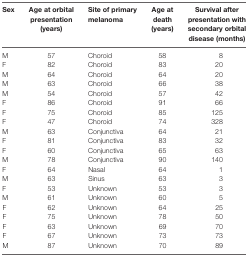
| Sex | Age at orbital presentation (years) | Site of primary melanoma | Age at death (years) | Survival after presentation with secondary orbital disease (months) |
 | --- | --- | --- | --- | --- |
 | M | 57 | Choroid | 58 | 8 |
 | F | 82 | Choroid | 83 | 20 |
 | M | 64 | Choroid | 64 | 20 |
 | M | 63 | Choroid | 66 | 38 |
 | M | 54 | Choroid | 57 | 42 |
 | F | 86 | Choroid | 91 | 66 |
 | F | 75 | Choroid | 85 | 125 |
 | F | 47 | Choroid | 74 | 328 |
 | M | 63 | Conjunctiva | 64 | 21 |
 | F | 81 | Conjunctiva | 83 | 32 |
 | F | 60 | Conjunctiva | 65 | 63 |
 | M | 78 | Conjunctiva | 90 | 140 |
 | F | 64 | Nasal | 64 | 1 |
 | M | 63 | Sinus | 63 | 3 |
 | F | 53 | Unknown | 53 | 3 |
 | M | 61 | Unknown | 60 | 5 |
 | F | 62 | Unknown | 64 | 25 |
 | F | 75 | Unknown | 78 | 50 |
 | F | 63 | Unknown | 69 | 70 |
 | F | 67 | Unknown | 73 | 73 |
 | M | 87 | Unknown | 70 | 89 |